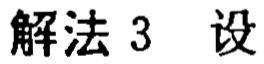
解法 3 设